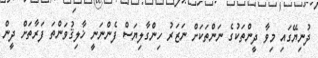
ދުނިޔޭގައި މިވާ ދީންތަކުގެ ނަންތަކަށް ނަޒަރު ހިންގާލިޔަސް ފެންނަނީ ޚާލިޤުވަންތަ ފަރާތަށް ދީން